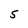
Character: 5